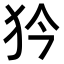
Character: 𤜰